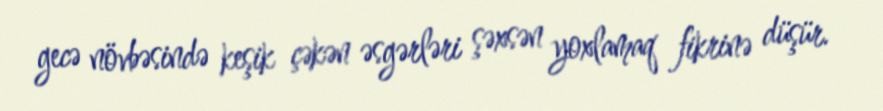
gecə növbəsində keşik çəkən əsgərləri şəxsən yoxlamaq fikrinə düşür.